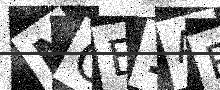
Text: NOE1AR